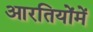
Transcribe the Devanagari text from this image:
आरतियोंमें